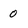
Character: 0